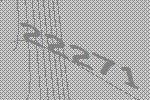
22271